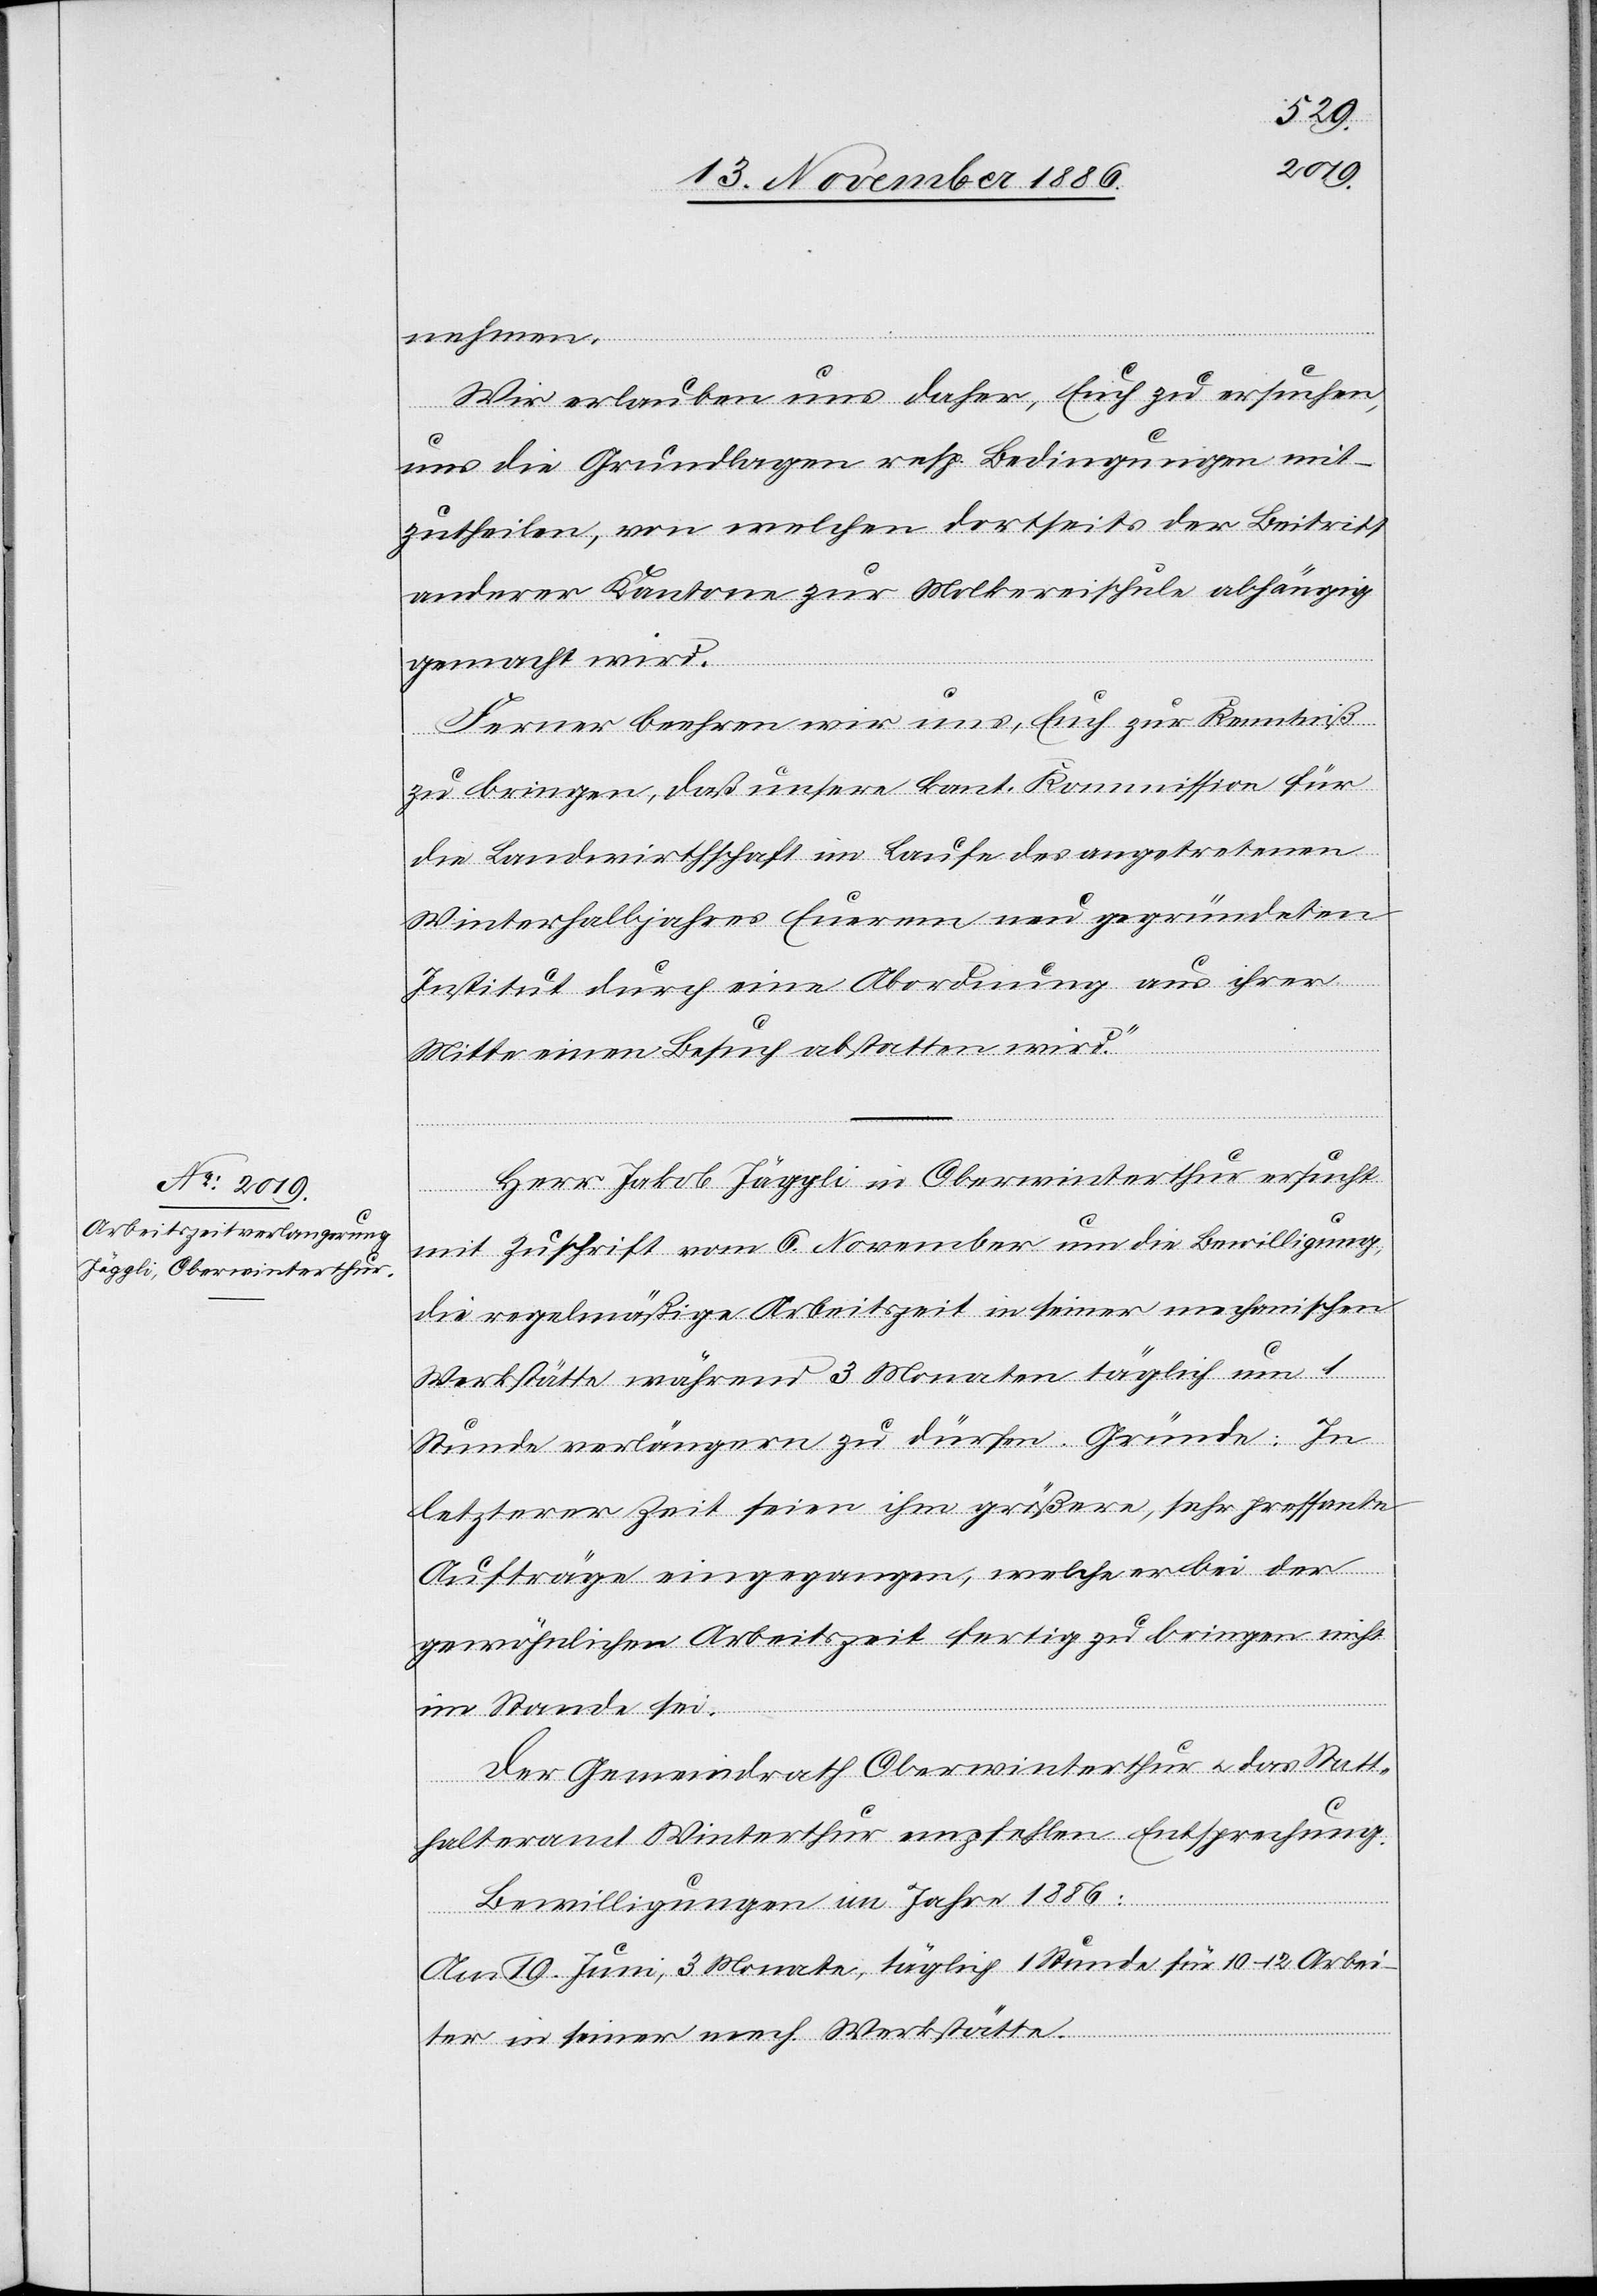
nehmen.
Wir erlauben uns daher, Euch zu ersuchen,
uns die Grundlagen resp. Bedingungen mit¬
zutheilen, von welchen dortseits der Beitritt
anderer Kantone zur Molkereischule abhängig
gemacht wird.
Ferner beehren wir uns, Euch zur Kenntniß
zu bringen, daß unsere kant. Kommission für
die Landwirthschaft im Laufe des angetretenen
Winterhalbjahres Euerem neu gegründeten
Institut durch eine Abordnung aus ihrer
Mitte einen Besuch abstatten wird.“
Herr Jakob Jäggli in Oberwinterthur ersucht
mit Zuschrift vom 6. November um die Bewilligung,
die regelmäßige Arbeitszeit in seiner mechanischen
Werkstätte während 3 Monaten täglich um 1
Stunde verlängern zu dürfen. Gründe: In
letzterer Zeit seien ihm größere, sehr pressante
Aufträge eingegangen, welche er bei der
gewöhnlichen Arbeitszeit fertig zu bringen nicht
im Stande sei.
Der Gemeindrath Oberwinterthur & das Statt¬
halteramt Winterthur empfehlen Entsprechung.
Bewilligungen im Jahre 1886:
Am 19. Juni, 3 Monate, täglich 1 Stunde für 10–12 Arbei¬
ter in seiner mech. Werkstätte.